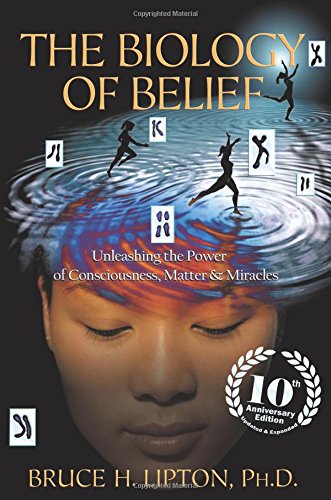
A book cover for The Biology of Belief 10th Anniversary Edition: Unleashing the Power of Consciousness, Matter & Miracles; Bruce H. Lipton Ph.D. Ph.D.; Science & Math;